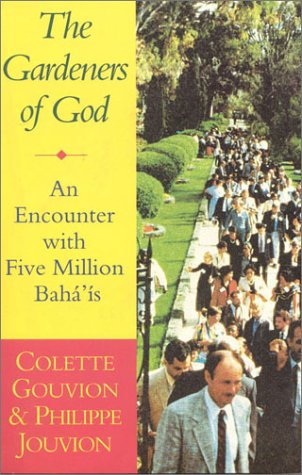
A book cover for Gardeners of God; Colette Gouvion; Religion & Spirituality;